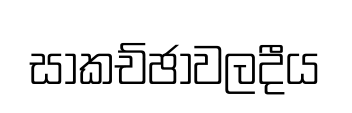
සාකච්ඡාවලදීය